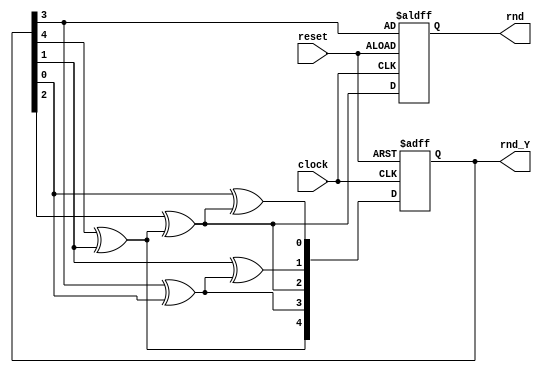
module LFSR(
  input clock,
  input reset,
  output reg [4:0] rnd_Y,
  output reg rnd
);

reg [4:0] data_next;

always @* begin
  data_next[4] = rnd_Y[4]^rnd_Y[1];
  data_next[3] = rnd_Y[3]^rnd_Y[0];
  data_next[2] = rnd_Y[2]^data_next[4];
  data_next[1] = rnd_Y[1]^data_next[3];
  data_next[0] = rnd_Y[0]^data_next[2];
end

always @(posedge clock or negedge reset)
  if(!reset) begin
    rnd_Y <= 5'h1f;
    rnd <= rnd_Y[3];
  end
  else begin
    rnd_Y <= data_next;
    rnd <= data_next[2];
  end
endmodule